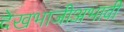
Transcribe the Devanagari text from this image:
देखभाजीअभावी